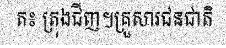
ត៖ ត្រុងជីញ។គ្រួសារជនជាតិ